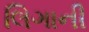
લિગાની